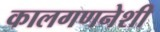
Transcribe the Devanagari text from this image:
कालगणनेशी